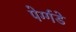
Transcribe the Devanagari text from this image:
पेर्ग्गडे